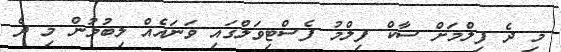
މި ދެ ފިލްމަށް ސާކް ފިލްމު ފެސްޓިވަލްގައި ވަނައެއް ލިބުމުން މި ދެ